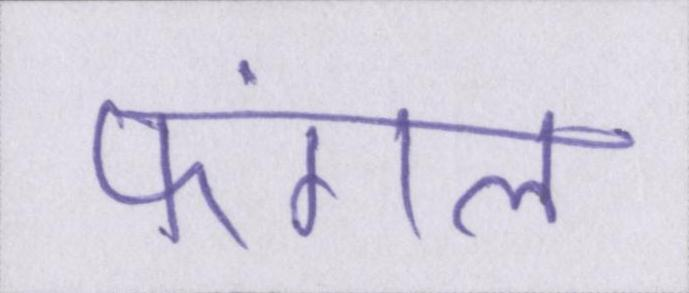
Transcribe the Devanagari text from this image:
फंगल